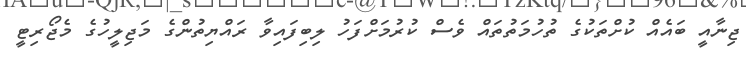
ޖިނާއީ ބައެއް ކުށްތަކުގެ ތުހުމަތުތައް ވެސް ކުރުމަށްފަހު ލިބިފައިވާ ރައްޔިތުންގެ މަޖިލީހުގެ މެޖޯރިޓީ